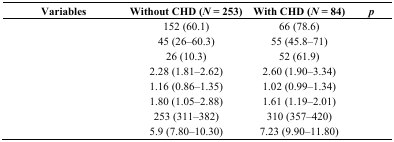
<table><thead><tr><td><b>Variables</b></td><td><b>Without CHD (<i>N</i> = 253)</b></td><td><b>With CHD (<i>N</i> = 84)</b></td><td><b><i>p</i></b></td></tr></thead><tbody><tr><td>[EMPTY_CELL]</td><td>152 (60.1)</td><td>66 (78.6)</td><td>[EMPTY_CELL]</td></tr><tr><td>[EMPTY_CELL]</td><td>45 (26–60.3)</td><td>55 (45.8–71)</td><td>[EMPTY_CELL]</td></tr><tr><td>[EMPTY_CELL]</td><td>26 (10.3)</td><td>52 (61.9)</td><td>[EMPTY_CELL]</td></tr><tr><td>[EMPTY_CELL]</td><td>2.28 (1.81–2.62)</td><td>2.60 (1.90–3.34)</td><td>[EMPTY_CELL]</td></tr><tr><td>[EMPTY_CELL]</td><td>1.16 (0.86–1.35)</td><td>1.02 (0.99–1.34)</td><td>[EMPTY_CELL]</td></tr><tr><td>[EMPTY_CELL]</td><td>1.80 (1.05–2.88)</td><td>1.61 (1.19–2.01)</td><td>[EMPTY_CELL]</td></tr><tr><td>[EMPTY_CELL]</td><td>253 (311–382)</td><td>310 (357–420)</td><td>[EMPTY_CELL]</td></tr><tr><td>[EMPTY_CELL]</td><td>5.9 (7.80–10.30)</td><td>7.23 (9.90–11.80)</td><td>[EMPTY_CELL]</td></tr></tbody></table>